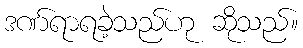
ဒဏ်ရာရခဲ့သည်ဟု ဆိုသည်။